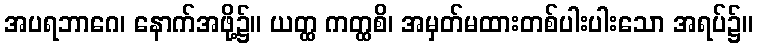
အပရဘာဂေ၊ နောက်အဖို့၌။ ယတ္ထ ကတ္ထစိ၊ အမှတ်မထားတစ်ပါးပါးသော အရပ်၌။